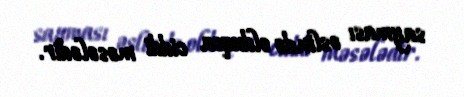
sayması əslində olduqca ciddi məsələdir.